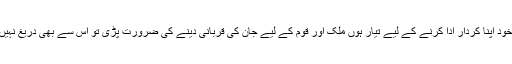
میں بذات خود اپنا کردار ادا کرنے کے لیے تیار ہوں ملک اور قوم کے لیے جان کی قربانی دینے کی ضرورت پڑی تو اس سے بھی دریغ نہیں کروں گا۔